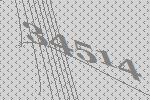
34514